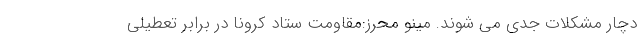
دچار مشکلات جدی می شوند. مینو محرز:مقاومت ستاد کرونا در برابر تعطیلی